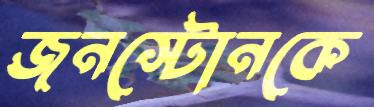
জনস্টোনকে